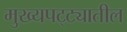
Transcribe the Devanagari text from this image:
मुख्यपट्ट्यातील